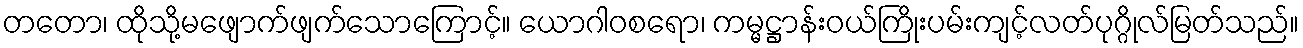
တတော၊ ထိုသို့မဖျောက်ဖျက်သောကြောင့်။ ယောဂါဝစရော၊ ကမ္မဋ္ဌာန်းဝယ်ကြိုးပမ်းကျင့်လတ်ပုဂ္ဂိုလ်မြတ်သည်။